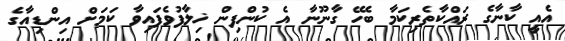
އެއީ ކާނާގެ ރައްކާތެރިކަމާ ބެހޭ ގާނޫނާ އެ ކުންފިން ޚިލާފުވެފައިވާ ކަމަށް އިންޑިއާގެ